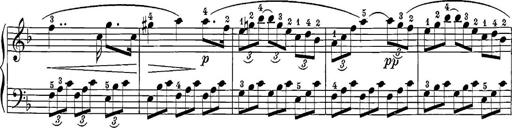
Title: 12 Sonatine per Pianoforte
Composer: Friedrich Kuhlau